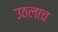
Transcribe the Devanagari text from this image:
उठलाच